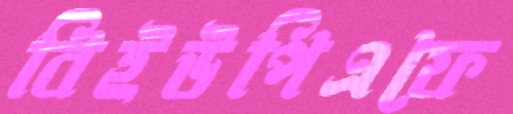
বিইউপিএফে